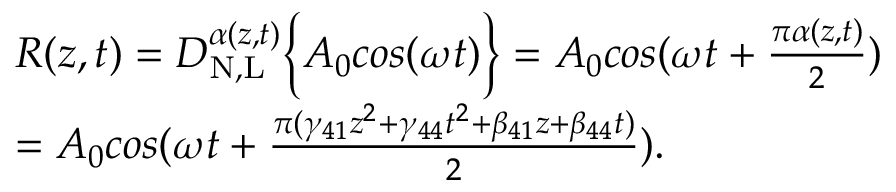
\begin{array} { r l } & { R ( z , t ) = D _ { \mathrm { N , L } } ^ { \alpha ( z , t ) } \bigg \{ { A _ { 0 } c o s ( \omega t ) \bigg \} } = A _ { 0 } c o s ( \omega t + \frac { \pi \alpha ( z , t ) } { 2 } ) } \\ & { = A _ { 0 } c o s ( \omega t + \frac { \pi ( \gamma _ { 4 1 } z ^ { 2 } + \gamma _ { 4 4 } t ^ { 2 } + \beta _ { 4 1 } z + \beta _ { 4 4 } t ) } { 2 } ) . } \end{array}